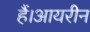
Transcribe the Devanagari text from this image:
हैं।आयरीन